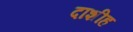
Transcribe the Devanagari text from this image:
दाशीह